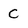
Character: C